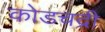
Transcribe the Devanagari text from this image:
कोडचद्री